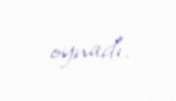
oynadı.